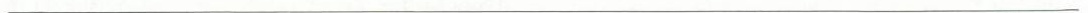
___